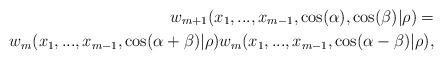
LaTeX: \begin{align*}w_{m+1}(x_{1},...,x_{m-1},\cos(\alpha),\cos(\beta)|\rho)=\\w_{m}(x_{1},...,x_{m-1},\cos(\alpha+\beta)|\rho)w_{m}(x_{1},...,x_{m-1},\cos(\alpha-\beta)|\rho),\end{align*}